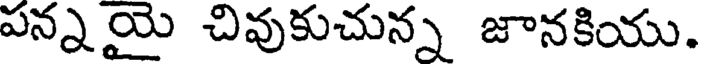
పన్నయై చివుకుచున్న జానకియు.